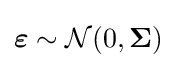
{\boldsymbol {\varepsilon }}\sim {\mathcal {N}}(0,{\boldsymbol {\Sigma }})